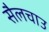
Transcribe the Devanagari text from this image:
सैलचाउ